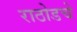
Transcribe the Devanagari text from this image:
राठोडचे